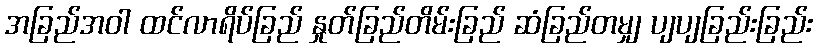
အခြည်အဝါ ထင်လာရိပ်ခြည် နှုတ်ခြည်တိမ်းခြည် ဆံခြည်တမျှ ပျပျခြည်းခြည်း